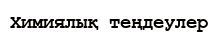
Химиялық теңдеулер